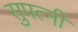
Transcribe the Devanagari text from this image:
सुपत्‍नी